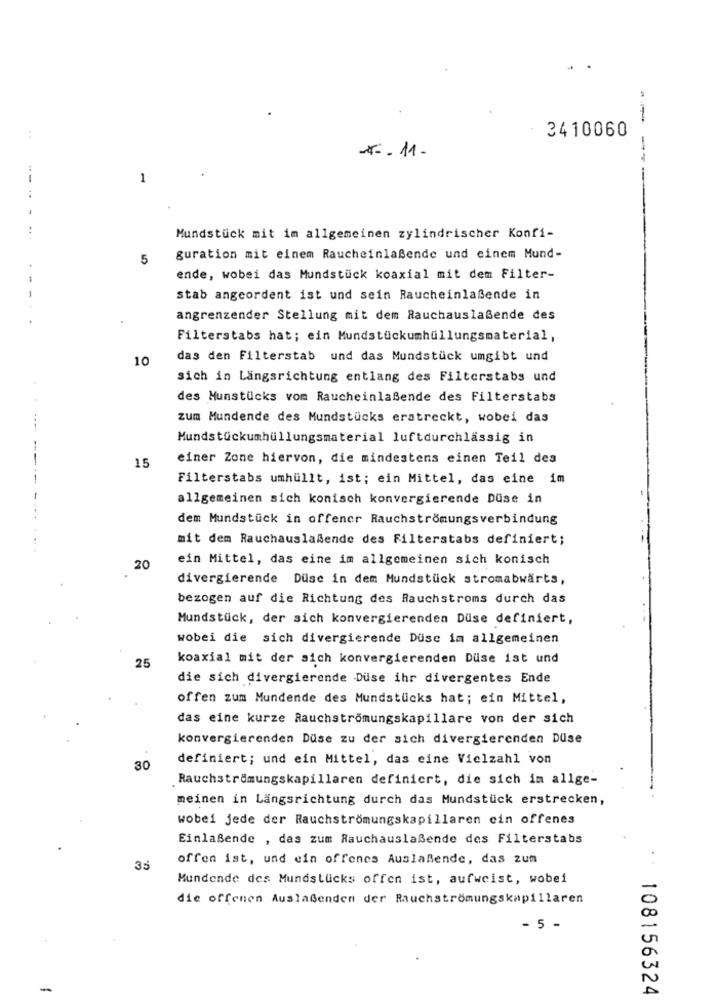
3410060
-x. 11.
-----
--
1
Mundstück mit im allgemeinen zylindrischer Konfi-
5
guration mit einem Raucheinlaßende und einem Mund-
ende, wobei das Mundstück koaxial mit dem Filter-
- -
stab angeordent ist und sein Raucheinlaßende in
angrenzender Stellung mit dem Rauchauslaßende des
Filterstabs hat; ein Mundstückumhüllungsmaterial,
10
das den Filterstab und das Mundstück umgibt und
sich in Längsrichtung entlang des Filterstabs und
des Munstücks vom Raucheinlaßende des Filterstabs
zum Mundende des Mundstücks erstreckt, wobei das
Mundstückumhüllungsmaterial luftdurchlässig in
einer Zone hiervon, die mindestens einen Teil des
15
Filterstabs umhüllt, ist; ein Mittel, das eine im
allgemeinen sich konisch konvergierende Düse in
dem Mundstück in offener Rauchströmungsverbindung
mit dem Rauchauslaßende des Filterstabs definiert;
ein Mittel, das eine im allgemeinen sich konisch
20
divergierende Duse in dem Mundstück stromabwärts,
bezogen auf die Richtung des Rauchstroms durch das
Mundstück, der sich konvergierenden Düse definiert,
wobei die sich divergierende Düse im allgemeinen
25
koaxial mit der sich konvergierenden Duse ist und
die sich divergierende Düse ihr divergentes Ende
offen zum Mundende des Mundstücks hat; ein Mittel,
das eine kurze Rauchströmungskapillare von der sich
konvergierenden Düse zu der sich divergierenden Düse
definiert; und ein Mittel, das eine Vielzahl von
30
Rauchströmungskapillaren definiert, die sich im allge-
meinen in Langsrichtung durch das Mundstück erstrecken,
wobei jede der Rauchströmungskapillaren cin offenes
Einlaßende , das zum Rauchauslaßende des Filterstabs
offen ist, und ein offenes Auslaßende, das zum
35
..
Mundende des Mundstücks offen ist, aufweist, wobei
die offenen AuslaGenden der Rauchströmungskapillaren
- 5 -
108156324